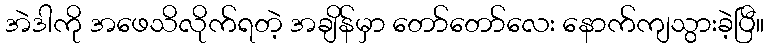
အဲဒါကို အဖေသိလိုက်ရတဲ့ အချိန်မှာ တော်တော်လေး နောက်ကျသွားခဲ့ပြီ။